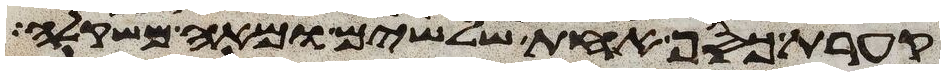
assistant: קערת כסף אחת שלשים ומאה משקלה